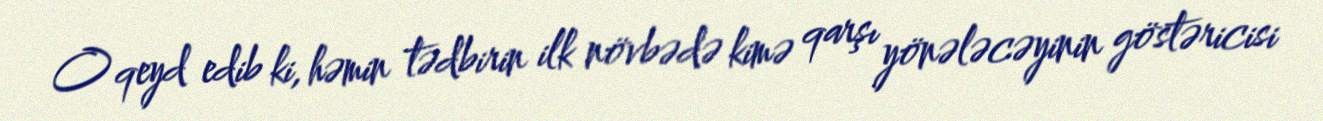
O qeyd edib ki, həmin tədbirin ilk növbədə kimə qarşı yönələcəyinin göstəricisi